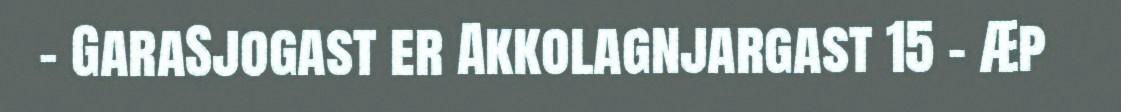
– GaraSjogast er Akkolagnjargast 15 – Æp